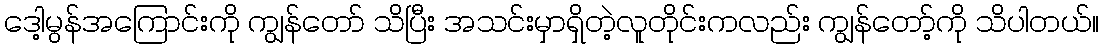
ဒေါ့မွန်အကြောင်းကို ကျွန်တော် သိပြီး အသင်းမှာရှိတဲ့လူတိုင်းကလည်း ကျွန်တော့်ကို သိပါတယ်။